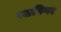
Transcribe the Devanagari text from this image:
पळणिप्पन